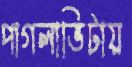
পাগলাভিটায়